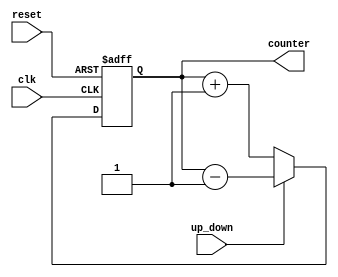
`timescale 1ns / 1ps
//////////////////////////////////////////////////////////////////////////////////
// Company: 
// Engineer: 
// 
// Design Name: 
// Module Name: Up_Down_Counter
// Project Name: 
// Target Devices: 
// Tool Versions: 
// Description: 
// 
// Dependencies: 
// 
// Revision:
// Revision 0.01 - File Created
// Additional Comments:
// 
//////////////////////////////////////////////////////////////////////////////////
module Up_Down_Counter(input clk, reset,up_down, output[3:0]  counter
    );
reg [3:0] counter_up_down;

// down counter
always @(posedge clk or posedge reset)
begin
if(reset)
 counter_up_down <= 4'h0;
else if(~up_down)
 counter_up_down <= counter_up_down + 4'd1;
else
 counter_up_down <= counter_up_down - 4'd1;
end 
assign counter = counter_up_down;
endmodule